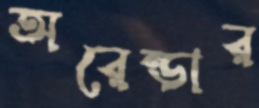
অরেন্ডার